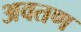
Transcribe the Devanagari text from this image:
अवतण